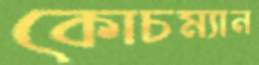
কোচম্যান